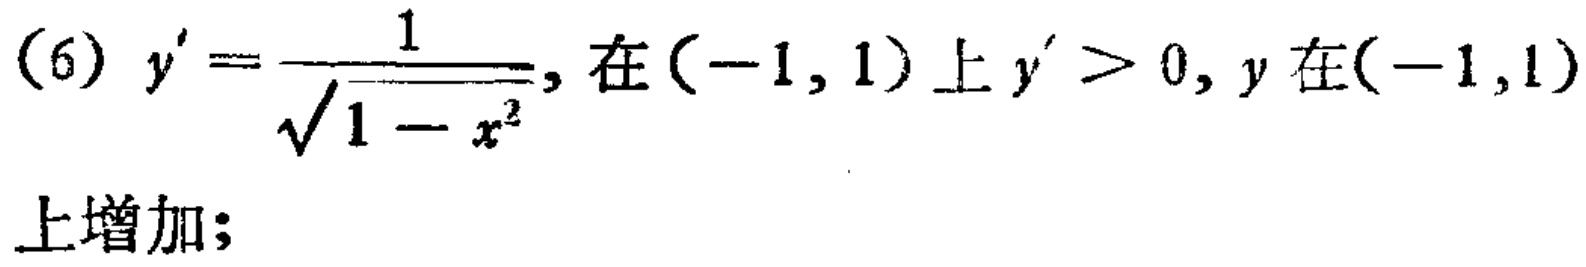
(6) \(y'=\frac{1}{\sqrt{1 - x^{2}}}\), 在\((-1, 1)\)上\(y'>0\), \(y\)在\((-1,1)\)上增加；